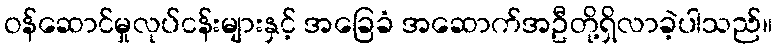
ဝန်ဆောင်မှုလုပ်ငန်းများနှင့် အခြေခံ အဆောက်အဦတို့ရှိလာခဲ့ပါသည်။